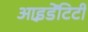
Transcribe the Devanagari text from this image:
आइ़डेंटिटी